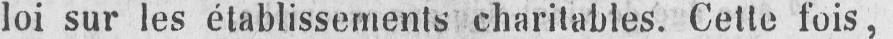
loi sur les établissements charitables. Cette fois,